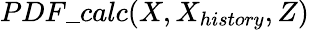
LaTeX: PDF\_ calc(X,X_{history},Z)